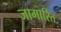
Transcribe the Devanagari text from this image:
जागारित